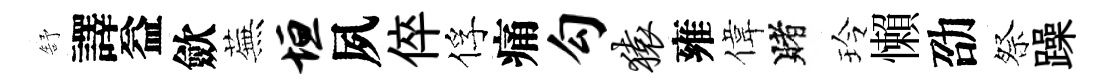
舒譯益歛蕪垣夙倅俘痛勾猿雍偉賭玲懶劭祭躁